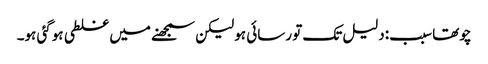
چوتھا سبب:دلیل تک تو رسائی ہو لیکن سمجھنے میں غلطی ہوگئی ہو۔